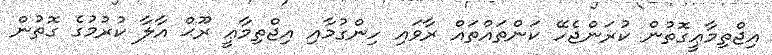
އިޖްތިމާޢީގޮތުން ކުރަންޖެހޭ ކަންތައްތައް ރާވައި ހިންގުމާއި އިޖްތިމާޢީ ރޫޙް އާލާ ކުރުމުގެ ގޮތުން